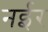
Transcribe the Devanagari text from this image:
नईर